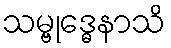
သမ္ဗုဒ္ဓေနာသိ